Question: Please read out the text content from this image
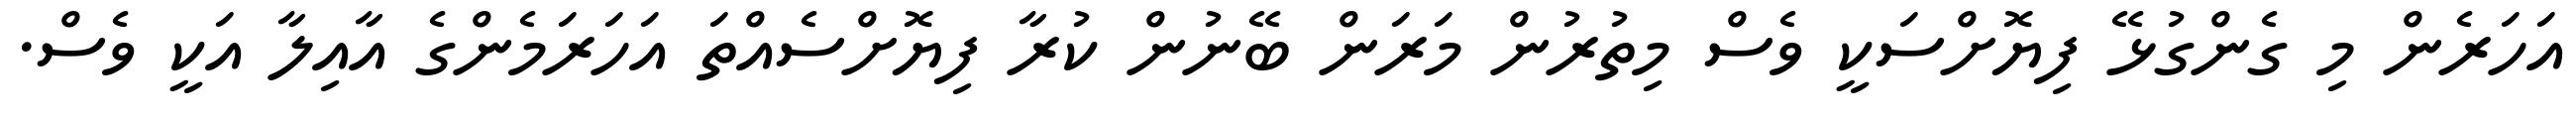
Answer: އަހަރެން މި ގެންގުޅޭ ފިޔޮށްސަކީ ވެސް މިތުރުން މަރަން ބޭނުން ކުރާ ފިޔޮށްސެއްތަ އަހަރަމެންގެ އާއިލާ އަކީ ވެސް.